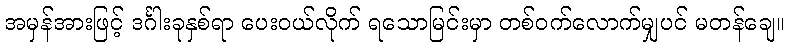
အမှန်အားဖြင့် ဒင်္ဂါးခုနှစ်ရာ ပေးဝယ်လိုက် ရသောမြင်းမှာ တစ်ဝက်လောက်မျှပင် မတန်ချေ။